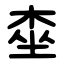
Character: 桽